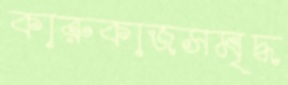
কারুকাজসমৃদ্ধ